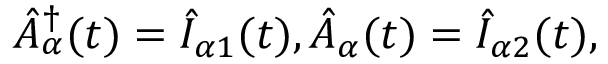
\hat { A } _ { \alpha } ^ { \dagger } ( t ) = \hat { I } _ { \alpha 1 } ( t ) , \hat { A } _ { \alpha } ( t ) = \hat { I } _ { \alpha 2 } ( t ) ,